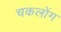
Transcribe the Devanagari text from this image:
चकलोंग